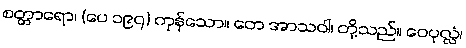
စတ္တာရော၊ (ပေ ၁၉၇) ကုန်သော။ တေ အာသဝါ၊ တို့သည်။ ဝေပုလ္လံ၊